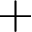
+